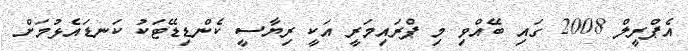
އެޕްރީލް 2008 ގައި ބޭއްވި މި ޕްރައިމަރީ އަކީ ރިޔާސީ ކެންޑިޑޭޓަކު ކަނޑައެޅުމަށް